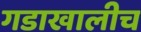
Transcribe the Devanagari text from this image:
गडाखालीच